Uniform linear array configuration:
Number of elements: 32
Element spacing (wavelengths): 0.75
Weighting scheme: cosine
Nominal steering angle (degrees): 15
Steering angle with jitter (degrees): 15.693
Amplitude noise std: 0.05
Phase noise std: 0.05

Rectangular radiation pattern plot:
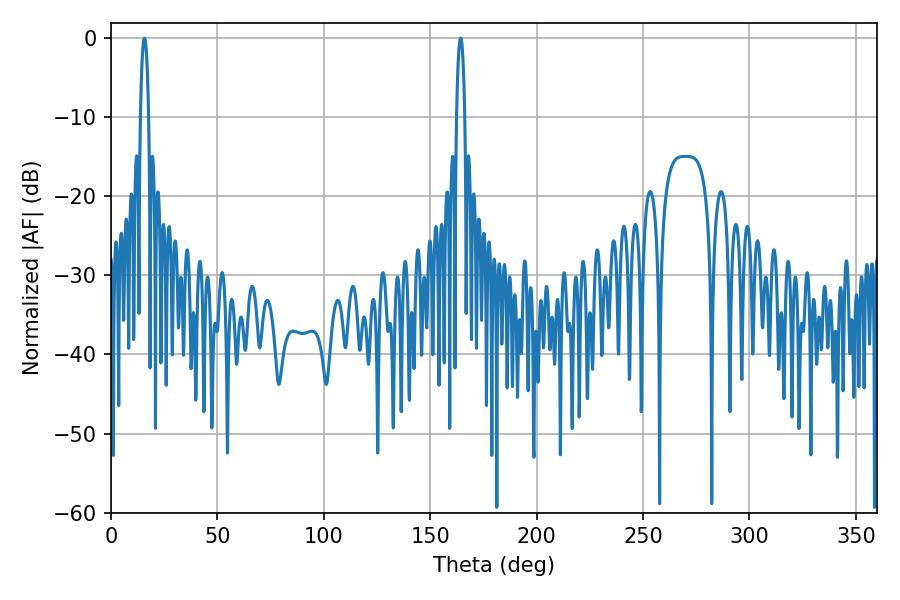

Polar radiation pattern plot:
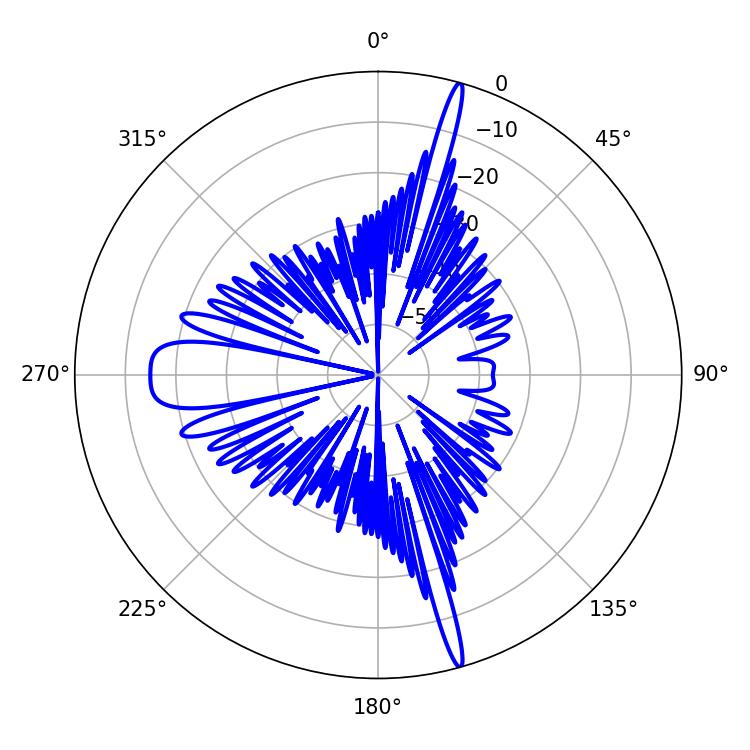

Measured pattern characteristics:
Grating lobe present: TRUE
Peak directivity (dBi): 22.101
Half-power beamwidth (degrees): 2.16
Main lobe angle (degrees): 15.66